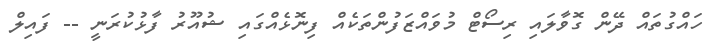
ހައްގުތައް ދޭން ގޮވާލައި ރިސޯޓް މުވައްޒަފުންތަކެއް ފިނޮޅެއްގައި ޝުއޫރު ފާޅުކުރަނީ -- ފައިލް